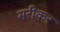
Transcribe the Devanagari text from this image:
मरीकर